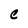
Character: C